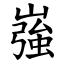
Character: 嵹